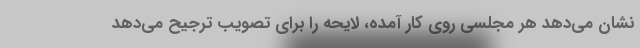
نشان می‌دهد هر مجلسی روی کار آمده، لایحه را برای تصویب ترجیح می‌دهد